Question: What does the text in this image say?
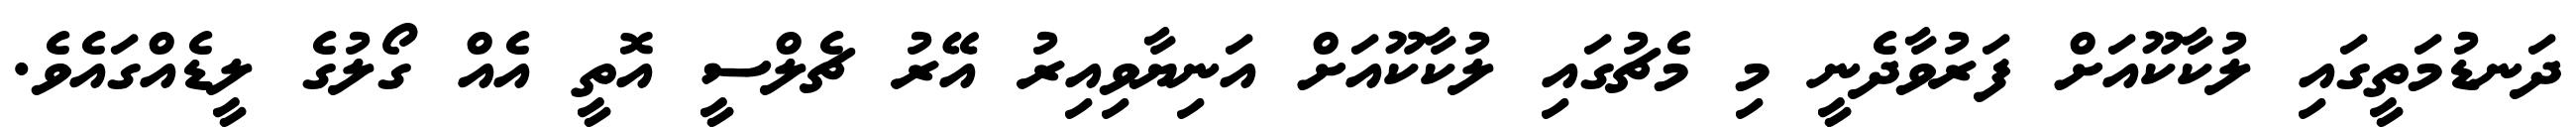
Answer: ދަނޑުމަތީގައި ލުކާކޫއަށް ފަރުވާދެނީ މި މެޗުގައި ލުކާކޫއަށް އަނިޔާވިއިރު އޭރު ޗެލްސީ އޮތީ އެއް ގޯލުގެ ލީޑެއްގައެވެ.